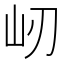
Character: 屻